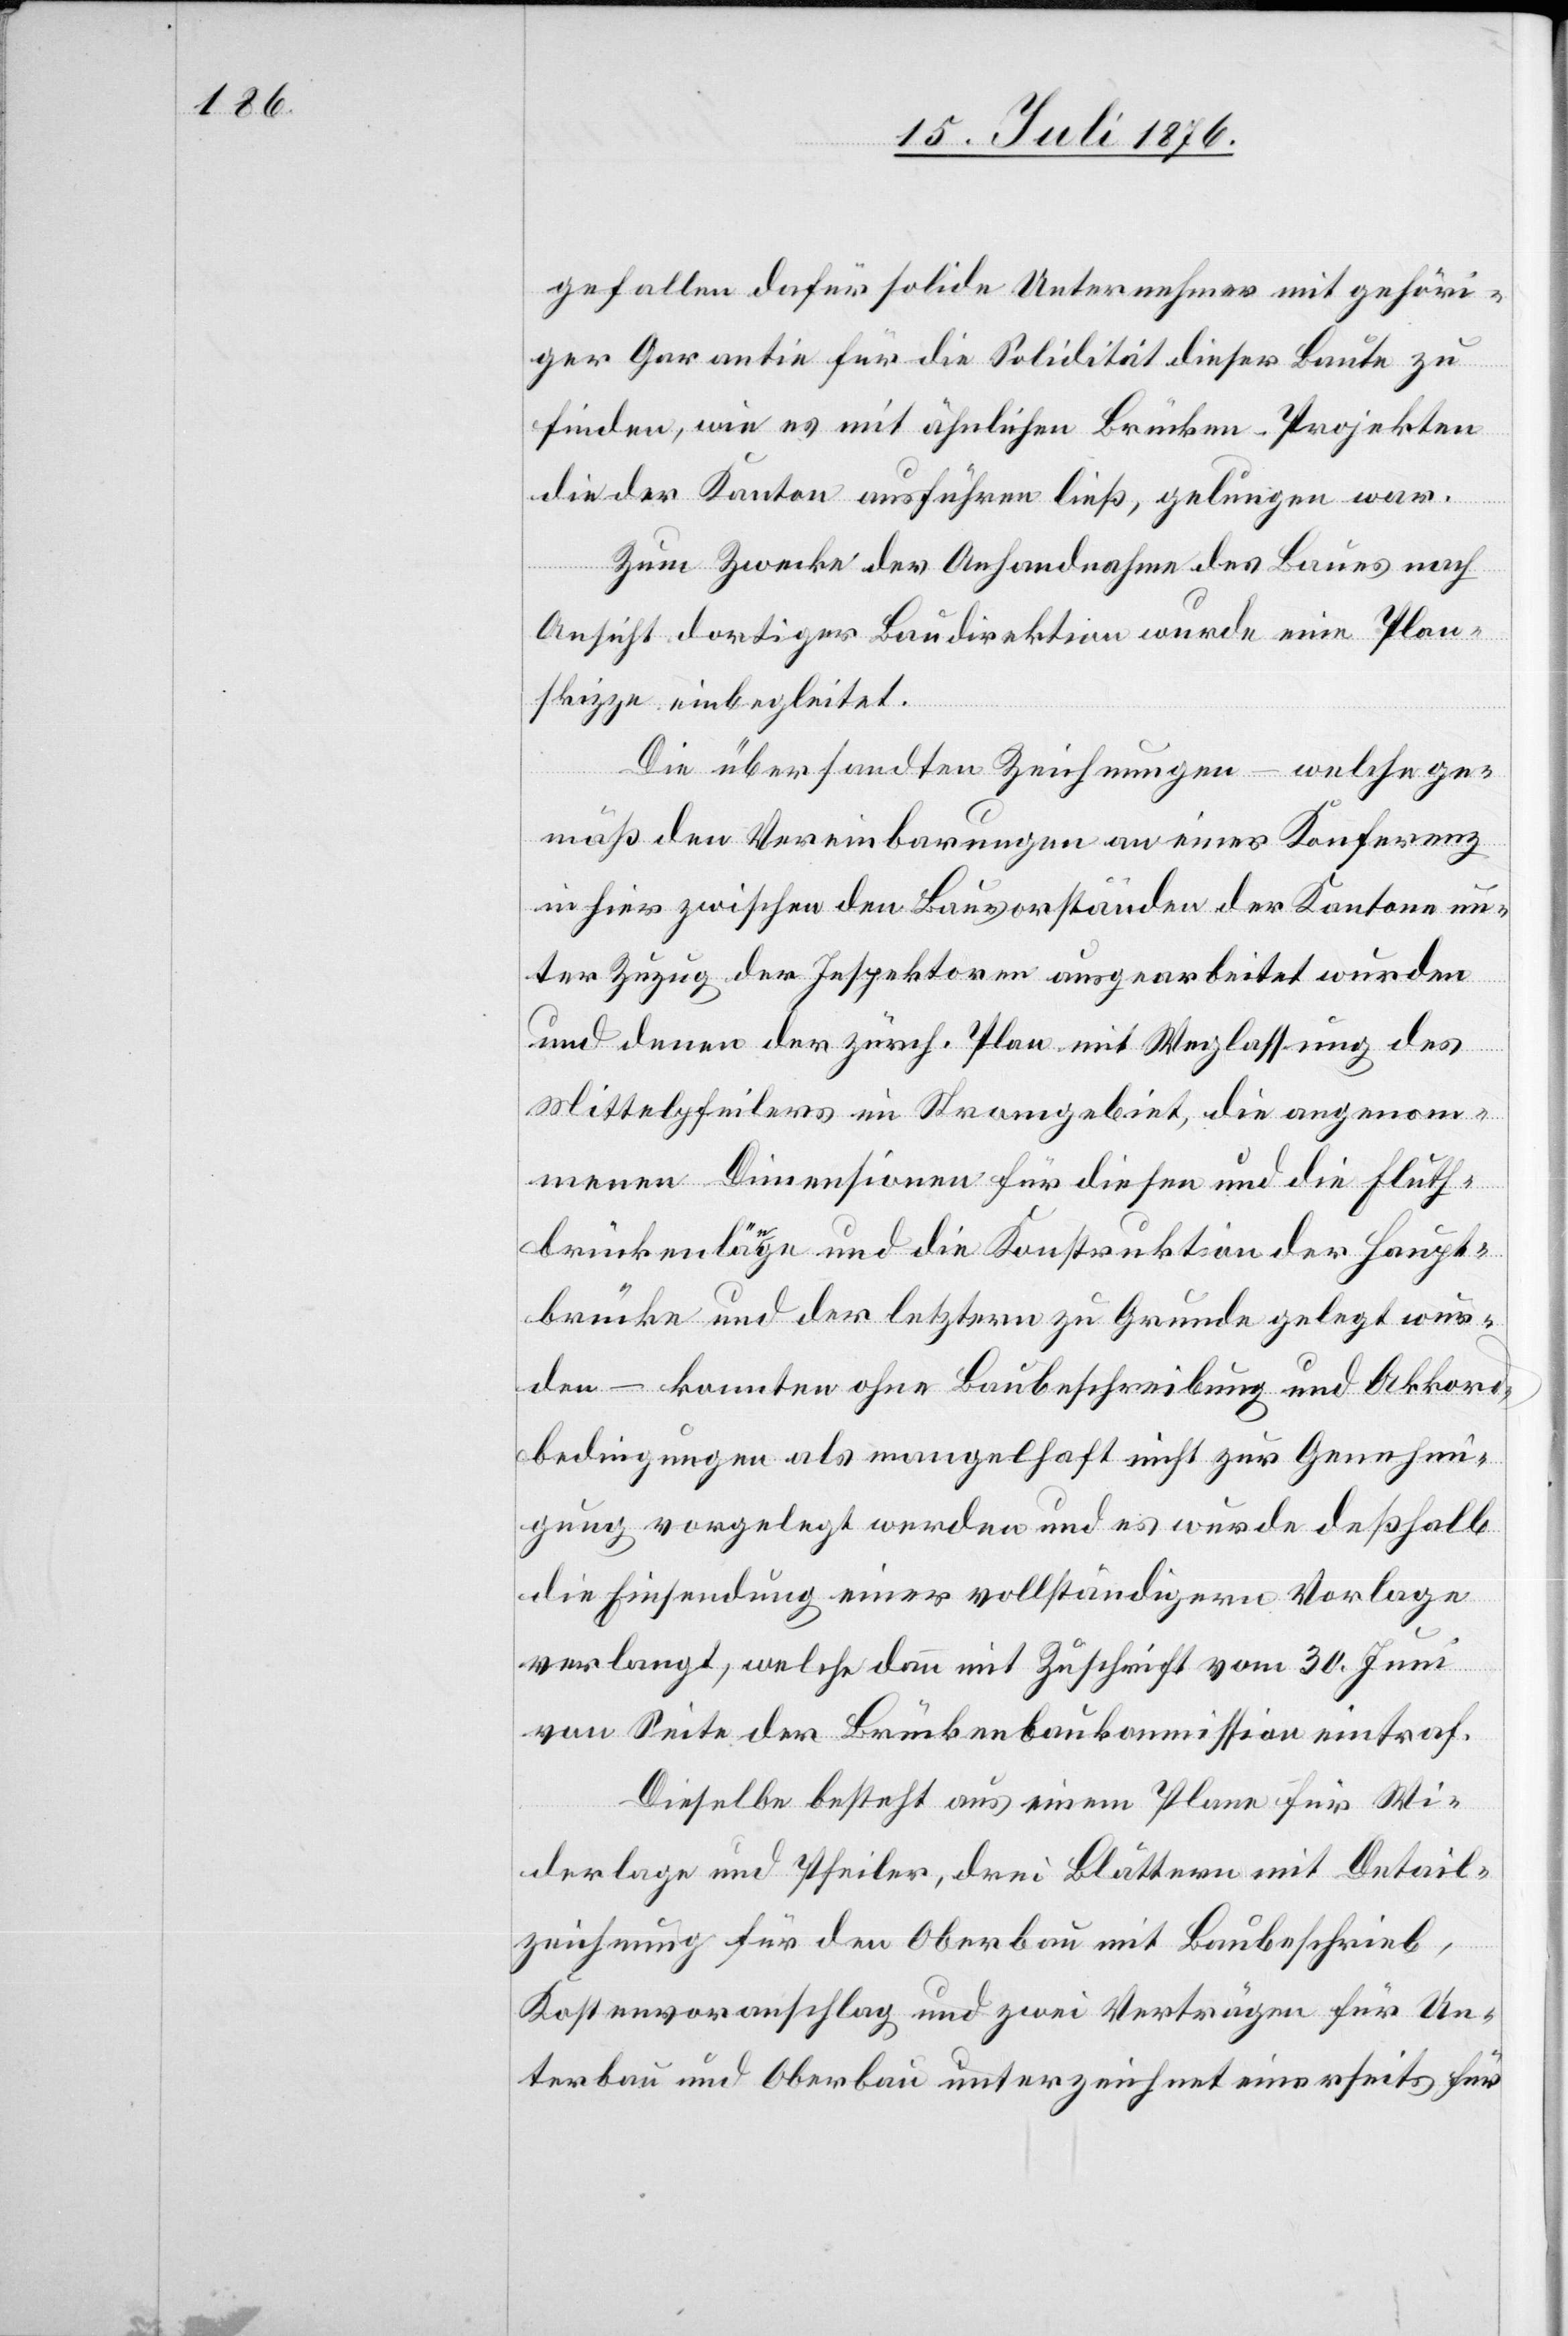
gefallen dafür solide Unternehmer mit gehöri¬
ger Garantie für die Solidität dieser Baute zu
finden, wie es mit ähnlichen Brücken-Projekten
die der Kanton ausführen ließ, gelungen war.
Zum Zwecke der Anhandnahme des Baues nach
Ansicht dortiger Baudirektion wurde eine Plan¬
skizze einbegleitet.
Die übersandten Zeichnungen – welche ge¬
mäß den Vereinbarungen an einer Konferenz
hier [sic!] zwischen den Bauvorständen der Kantone un¬
ter Zuzug der Inspektoren ausgearbeitet wurden
und denen der zürch. Plan mit Weglassung des
Mittelpfeilers im Stromgebiet, die angenom¬
menen Dimensionen für diesen und die Fluth¬
brückenlänge und die Konstruktion der Haupt¬
brücke und der letztern zu Grunde gelegt wur¬
den – konnten ohne Baubeschreibung und Akkord¬
bedingungen als mangelhaft nicht zur Genehmi¬
gung vorgelegt werden und es wurde deßhalb
die Einsendung einer vollständigern Vorlage
verlangt, welche dann mit Zuschrift vom 30. Juni
von Seite der Brückenbaukommission eintraf.
Dieselbe besteht aus einem Plane für die
Widerlage und Pfeiler, drei Blättern mit Detail¬
zeichnung für den Oberbau mit Baubeschrieb,
Kostenvoranschlag und zwei Verträgen für Un¬
terbau und Oberbau unterzeichnet einerseits für